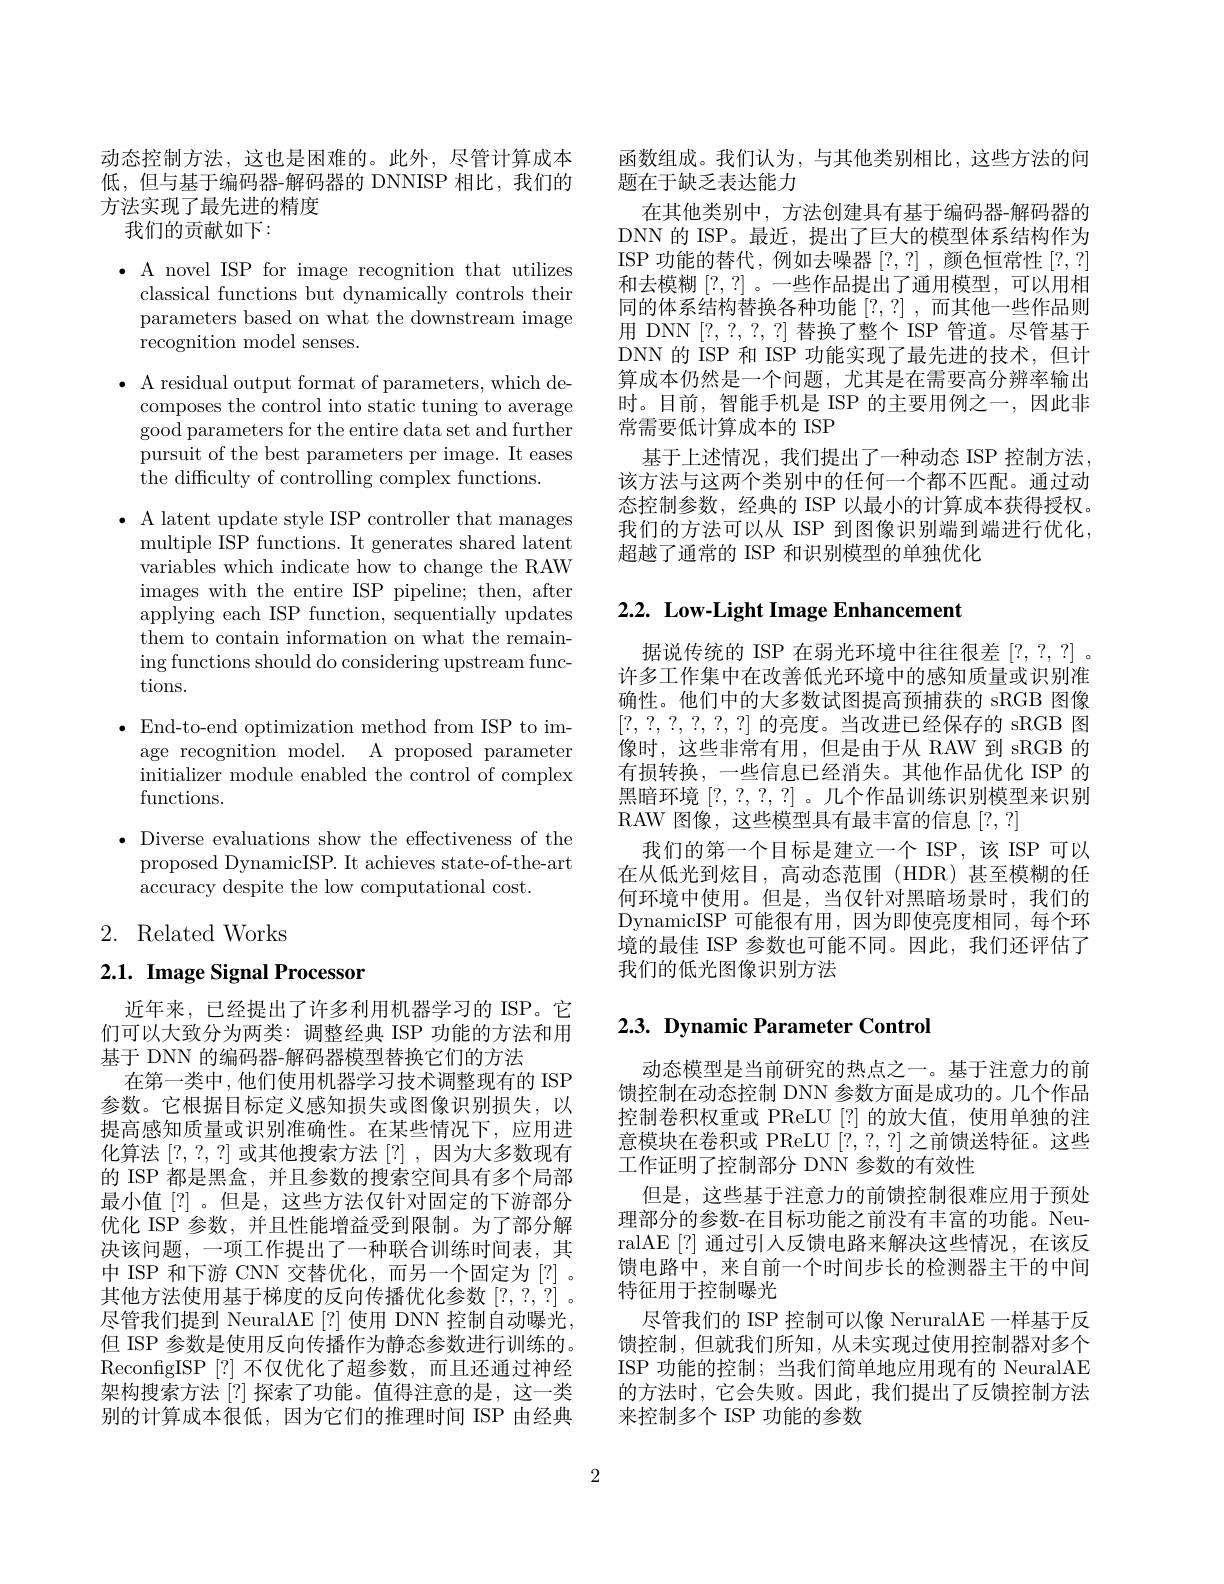
动态控制方法，这也是困难的。此外，尽管计算成本低，但与基于编码器-解码器的 DNNISP 相比，我们的方法实现了最先进的精度
我们的贡献如下：

$\bullet$ A novel ISP for image recognition that utilizes
classical functions but dynamically controls their parameters based on what the downstream image recognition model senses.

$\bullet$ A residual output format of parameters, which de-
composes the control into static tuning to average good parameters for the entire data set and further pursuit of the best parameters per image. It eases the difficulty of controlling complex functions.

$\bullet$ A latent update style ISP controller that manages
multiple ISP functions. It generates shared latent variables which indicate how to change the RAW images with the entire ISP pipeline; then, after applying each ISP function, sequentially updates them to contain information on what the remaining functions should do considering upstream functions.

$\bullet$End-to-end optimization method from ISP to image recognition model. A proposed parameter initializer module enabled the control of complex functions.

$\bullet$ Diverse evaluations show the effectiveness of the
proposed DynamicISP. It achieves state-of-the-art
accuracy despite the low computational cost.

2. Related Works

# 2.1. Image Signal Processor

近年来，已经提出了许多利用机器学习的 ISP。它们可以大致分为两类：调整经典 ISP 功能的方法和用基于 DNN 的编码器-解码器模型替换它们的方法
在第一类中，他们使用机器学习技术调整现有的 ISP 参数。它根据目标定义感知损失或图像识别损失，以提高感知质量或识别准确性。在某些情况下，应用进化算法[?,?,?]或其他搜索方法[?],因为大多数现有的 ISP 都是黑盒，并且参数的搜索空间具有多个局部最小值[?]。但是，这些方法仅针对固定的下游部分优化 ISP 参数，并且性能增益受到限制。为了部分解决该问题，一项工作提出了一种联合训练时间表，其中 ISP 和下游 CNN 交替优化，而另一个固定为[?]。其他方法使用基于梯度的反向传播优化参数[?,?,?]。尽管我们提到 NeuralAE[?] 使用 DNN 控制自动曝光， 但 ISP 参数是使用反向传播作为静态参数进行训练的。ReconfigISP [?]不仅优化了超参数，而且还通过神经架构搜索方法[?]探索了功能。值得注意的是，这一类别的计算成本很低，因为它们的推理时间 ISP 由经典

函数组成。我们认为，与其他类别相比，这些方法的问
题在于缺乏表达能力
在其他类别中，方法创建具有基于编码器-解码器的DNN 的 ISP。最近，提出了巨大的模型体系结构作为ISP 功能的替代，例如去噪器[?,?],颜色恒常性[?,?] 和去模糊[?,?] 。一些作品提出了通用模型，可以用相同的体系结构替换各种功能[?,?] ,而其他一些作品则用 DNN [?,?,?,?]替换了整个 ISP 管道。尽管基于DNN 的 ISP 和 ISP 功能实现了最先进的技术，但计算成本仍然是一个问题，尤其是在需要高分辨率输出时。目前，智能手机是 ISP 的主要用例之一，因此非常需要低计算成本的 ISP
基于上述情况，我们提出了一种动态 ISP 控制方法， 该方法与这两个类别中的任何一个都不匹配。通过动态控制参数，经典的 ISP 以最小的计算成本获得授权。我们的方法可以从 ISP 到图像识别端到端进行优化， 超越了通常的 ISP 和识别模型的单独优化

# 2.2. Low-Light Image Enhancement

据说传统的 ISP 在弱光环境中往往很差[?,?,?]。许多工作集中在改善低光环境中的感知质量或识别准确性。他们中的大多数试图提高预捕获的 sRGB 图像$[?,~?,~?,~?,~?,~?,~?]~$的亮度。当改进已经保存的 sRGB 图像时，这些非常有用，但是由于从 RAW 到 sRGB 的有损转换，一些信息已经消失。其他作品优化 ISP 的黑暗环境[?,?,?,?] 。几个作品训练识别模型来识别RAW 图像，这些模型具有最丰富的信息[?,?]
我们的第一个目标是建立一个 ISP,该 ISP 可以在从低光到炫目，高动态范围(HDR)甚至模糊的任何环境中使用。但是，当仅针对黑暗场景时，我们的DynamicISP 可能很有用，因为即使亮度相同，每个环境的最佳 ISP 参数也可能不同。因此，我们还评估了我们的低光图像识别方法

## 2.3. Dynamic Parameter Control

动态模型是当前研究的热点之一。基于注意力的前馈控制在动态控制 DNN 参数方面是成功的。几个作品控制卷积权重或 PReLU [?] 的放大值，使用单独的注意模块在卷积或 PReLU [?,?,?]之前馈送特征。这些工作证明了控制部分 DNN 参数的有效性
但是，这些基于注意力的前馈控制很难应用于预处理部分的参数-在目标功能之前没有丰富的功能。NeuralAE [?]通过引人反馈电路来解决这些情况，在该反馈电路中，来自前一个时间步长的检测器主干的中间特征用于控制曝光
尽管我们的 ISP 控制可以像 NeruralAE 一样基于反馈控制，但就我们所知，从未实现过使用控制器对多个ISP 功能的控制；当我们简单地应用现有的 NeuralAE 的方法时，它会失败。因此，我们提出了反馈控制方法来控制多个 ISP 功能的参数

2